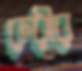
রুরীর